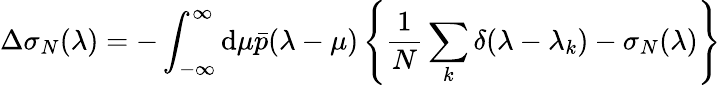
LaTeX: \Delta\sigma_{N}(\lambda)=-\int_{-\infty}^{\infty}\mathrm{d}\mu\bar{{p}}(\lambda-\mu)\left\{ \frac{{1}}{{N}}\sum_{k}\delta(\lambda-\lambda_{k})-\sigma_{N}(\lambda)\right\}